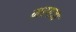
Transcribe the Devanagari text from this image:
मरगजा